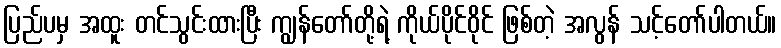
ပြည်ပမှ အထူး တင်သွင်းထားပြီး ကျွန်တော်တို့ရဲ့ ကိုယ်ပိုင်ဝိုင် ဖြစ်တဲ့ အလွန် သင့်တော်ပါတယ်။